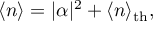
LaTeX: \langle n \rangle = | \alpha | ^ { 2 } + \langle n \rangle _ { \mathrm { t h } } ,